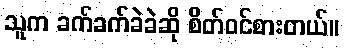
သူက ခက်ခက်ခဲခဲဆို စိတ်ဝင်စားတယ်။